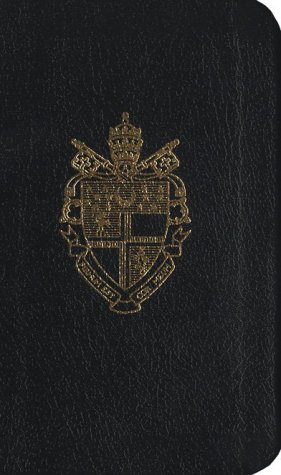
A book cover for Manual of Prayers; Joseph T. McGloin; Religion & Spirituality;